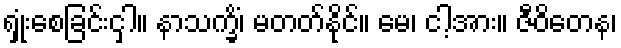
ရှုံးစေခြင်းငှါ။ နာသက္ခိံ၊ မတတ်နိုင်။ မေ၊ ငါ့အား။ ဇီဝိတေန၊